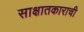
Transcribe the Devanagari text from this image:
साक्षातकाराची